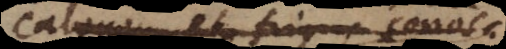
calorem et frigus sonos